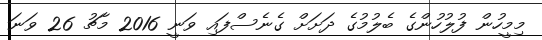
މިމީހުން ފުލުހުންގެ ބެލުމުގެ ދަށަށް ގެނެސްފައި ވަނީ 2016 މާޗު 26 ވަނަ